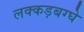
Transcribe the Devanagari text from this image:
लक्कड़बग्घे